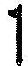
1